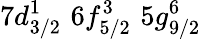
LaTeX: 7d_{3/2}^{1}\, \, 6f_{5/2}^{3}\, \, 5g_{9/2}^{6}